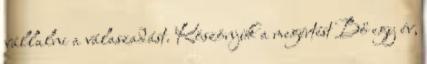
vállalni a válaszadást. Köszönjük a megértést Bő egy év,